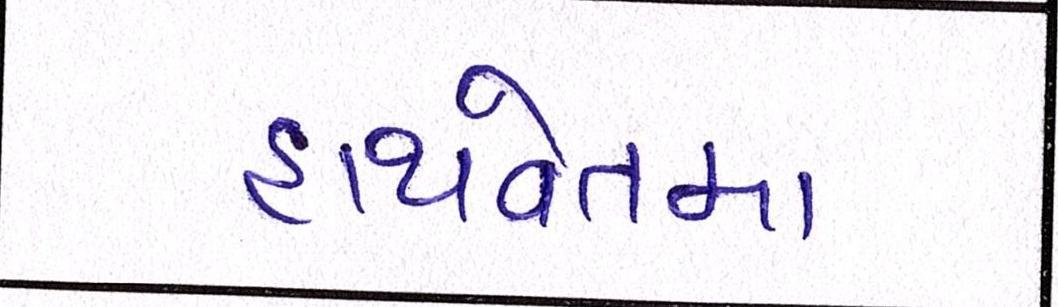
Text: હાથવેતમા